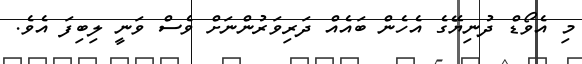
މި އެވޯޑް ދުނިޔޭގެ އެހެން ބައެއް ދަރިވަރުންނަށް ވެސް ވަނީ ލިބިފަ އެވެ.